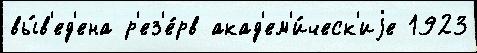
вы́в'ед'ена р'ез'е́рв акад'ем'и́ческ'иjе 1923